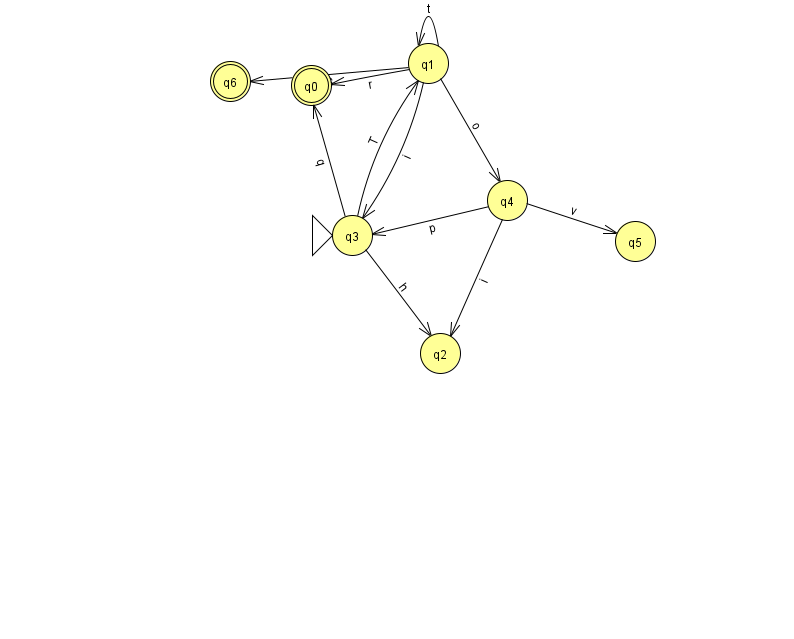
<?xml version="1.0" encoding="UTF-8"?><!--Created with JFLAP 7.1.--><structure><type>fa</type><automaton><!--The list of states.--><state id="0" name="q0"><x>311.0</x><y>72.0</y><final/></state><state id="1" name="q1"><x>428.0</x><y>50.0</y></state><state id="2" name="q2"><x>440.0</x><y>340.0</y></state><state id="3" name="q3"><x>352.0</x><y>222.0</y><initial/></state><state id="4" name="q4"><x>507.0</x><y>187.0</y></state><state id="5" name="q5"><x>635.0</x><y>228.0</y></state><state id="6" name="q6"><x>230.0</x><y>68.0</y><final/></state><!--The list of transitions.--><transition><from>1</from><to>6</to><read>S</read></transition><transition><from>3</from><to>0</to><read>q</read></transition><transition><from>1</from><to>0</to><read>r</read></transition><transition><from>3</from><to>2</to><read>h</read></transition><transition><from>1</from><to>1</to><read>t</read></transition><transition><from>3</from><to>1</to><read>T</read></transition><transition><from>4</from><to>2</to><read>i</read></transition><transition><from>4</from><to>3</to><read>p</read></transition><transition><from>1</from><to>4</to><read>o</read></transition><transition><from>1</from><to>3</to><read>i</read></transition><transition><from>4</from><to>5</to><read>v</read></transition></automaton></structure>